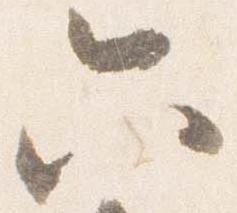
六